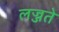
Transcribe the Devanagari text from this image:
लज्जते